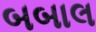
બબાલ